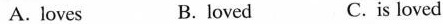
A.loves B. loved C. is loved